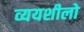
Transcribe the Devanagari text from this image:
व्ययशीलो